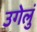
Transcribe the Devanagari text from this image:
उगेलुं